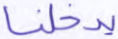
يدخلنا